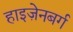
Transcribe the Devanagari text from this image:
हाइज़ेनबर्ग